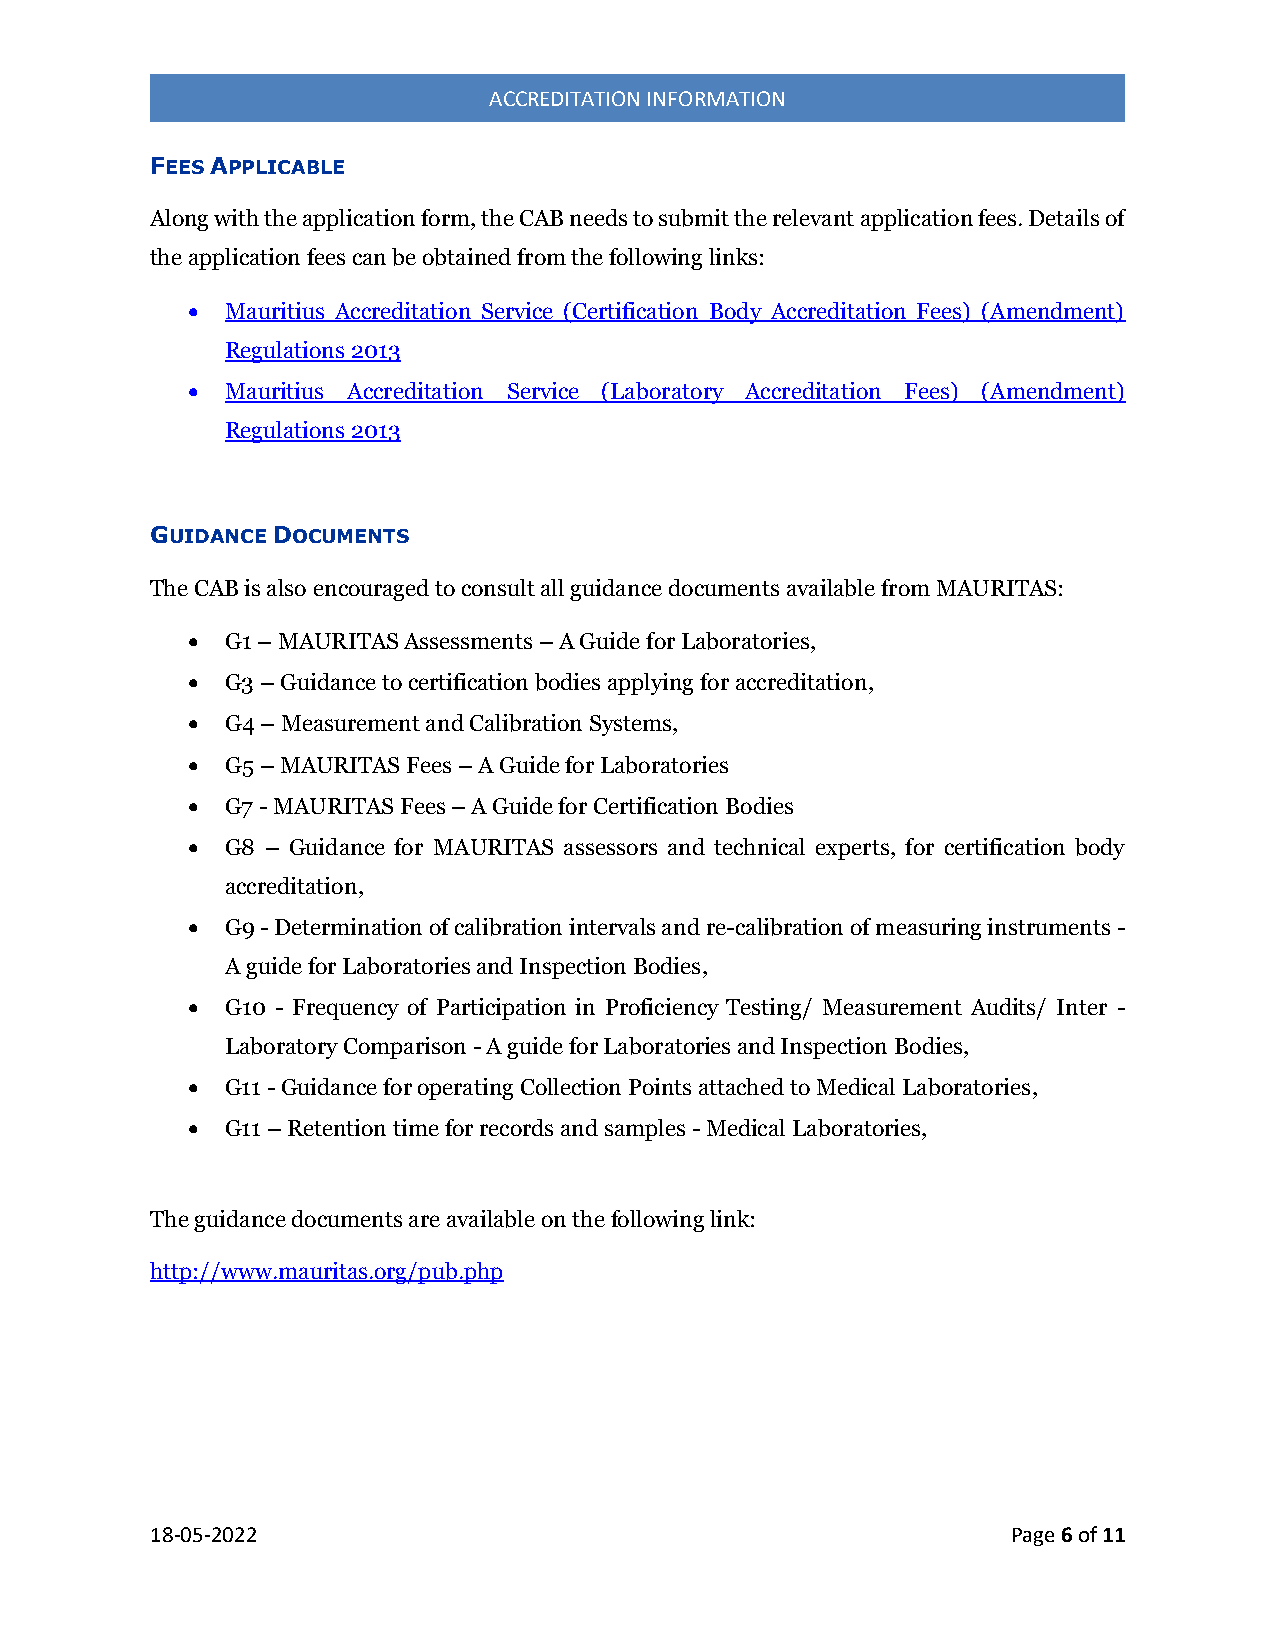
ACCREDITATION INFORMATION
 FEES APPLICABLE
 Along with the application form, the CAB needs to submit the relevant application fees. Details of
 the application fees can be obtained from the following links:
   Mauritius Accreditation Service (Certification Body Accreditation Fees) (Amendment)
 Regulations 2013
   Mauritius Accreditation Service (Laboratory Accreditation Fees) (Amendment)
 Regulations 2013
 GUIDANCE DOCUMENTS
 The CAB is also encouraged to consult all guidance documents available from MAURITAS:
   G1 – MAURITAS Assessments – A Guide for Laboratories,
   G3 – Guidance to certification bodies applying for accreditation,
   G4 – Measurement and Calibration Systems,
   G5 – MAURITAS Fees – A Guide for Laboratories
   G7 - MAURITAS Fees – A Guide for Certification Bodies
   G8 – Guidance for MAURITAS assessors and technical experts, for certification body
 accreditation,
   G9 - Determination of calibration intervals and re-calibration of measuring instruments -
 A guide for Laboratories and Inspection Bodies,
   G10 - Frequency of Participation in Proficiency Testing/ Measurement Audits/ Inter -
 Laboratory Comparison - A guide for Laboratories and Inspection Bodies,
   G11 - Guidance for operating Collection Points attached to Medical Laboratories,
   G11 – Retention time for records and samples - Medical Laboratories,
 The guidance documents are available on the following link:
 http://www.mauritas.org/pub.php
 18-05-2022                                               Page 6 of 11